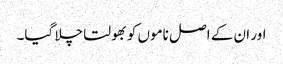
اور ان کے اصل ناموں کو بھولتا چلا گیا۔